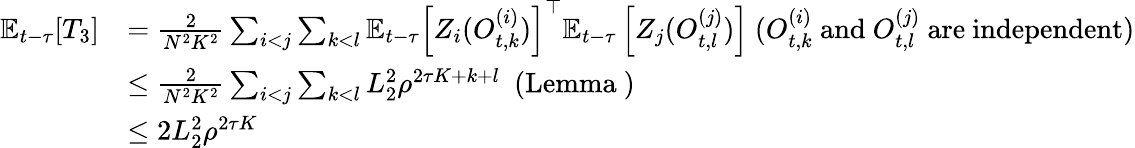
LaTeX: \begin{array}{rl}{\mathbb{E}_{t-\tau}[T_{3}]}&{=\frac{2}{N^{2}K^{2}}\sum_{i<j}\sum_{k<l}\mathbb{E}_{t-\tau}\left[Z_{i}(O_{t,k}^{(i)})\right]^{\top}\mathbb{E}_{t-\tau}\left[Z_{j}(O_{t,l}^{(j)})\right]\ (O_{t,k}^{(i)}\mathrm{~and~}O_{t,l}^{(j)}\mathrm{~are~independent})}\\ &{\le\frac{2}{N^{2}K^{2}}\sum_{i<j}\sum_{k<l}L_{2}^{2}\rho^{2\tau K+k+l}\ \mathrm{~(Lemma~)~}}\\ &{\le 2L_{2}^{2}\rho^{2\tau K}}\end{array}